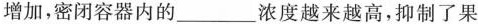
增加，密闭容器内的___浓度越来越高，抑制了果